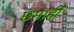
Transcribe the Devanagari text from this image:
छमाहीं